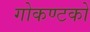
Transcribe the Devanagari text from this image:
गोकण्टको